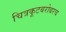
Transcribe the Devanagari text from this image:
चित्रकूटबरोबरच